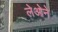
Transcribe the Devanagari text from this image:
लेओने